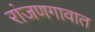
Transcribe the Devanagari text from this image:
रांजणगावात